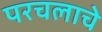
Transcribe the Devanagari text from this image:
परचलाचे